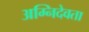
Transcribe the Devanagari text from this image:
अग्निदेवता